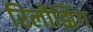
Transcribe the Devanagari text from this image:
रिलीझिंग